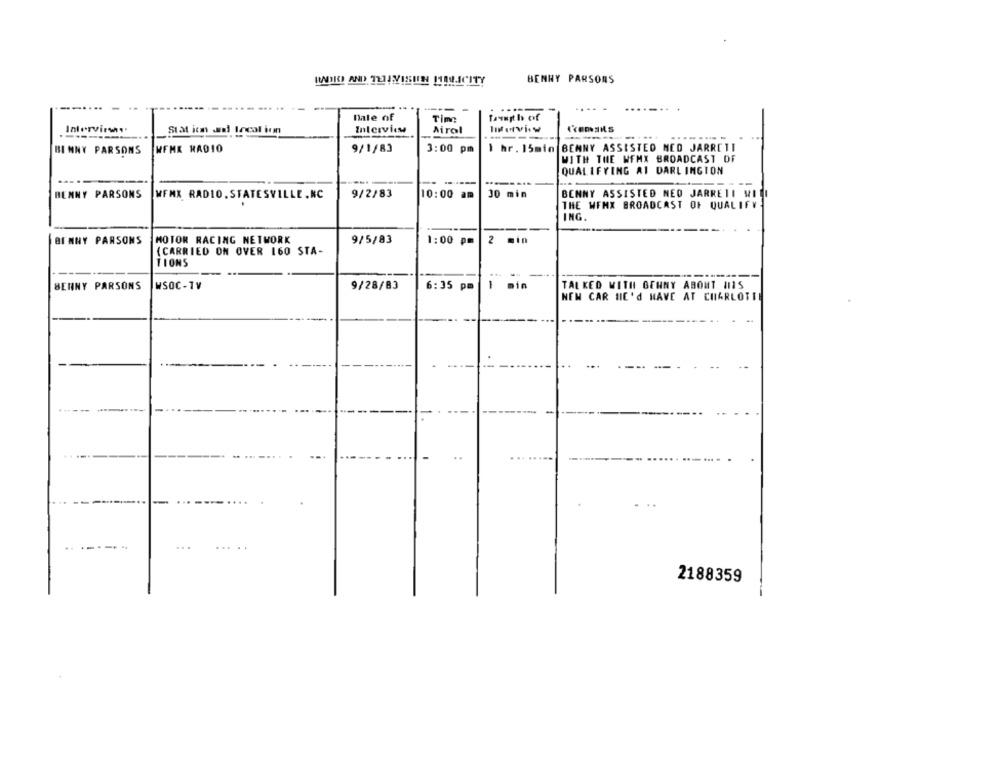
RADICE AND THEY!EIN! !!! ICITY
BENNY PARSONS
-
...
Date of
Time:
Interviews
Stat ion ad Incalion
Interview
Airol
--------
---
....
- -
BI NNY PARSONS
WFMK RADIO
9/1/83
3:00 pm
1 hr. 15min BENNY ASSISTED NED JARRETI
WITH THE WFMX BROADCAST OF
QUALIFYING AI DARLINGTON
-
...-....
BENNY PARSONS WFMX RADIO. STATESVILLE ,NC
9/2/83
10:00 am
30 min
BENNY ASSISTED NEO JARRETI MILI
THE WENX BROADCAST OF QUALIFY
ING.
BINNY PARSONS
MOTOR RACING NETWORK
9/5/83
1:00 pm
2 min
(CARRIED ON OVER 160 STA-
TIONS
--
1
BENNY PARSONS
WSOC - TV
9/28/83
6:35 pm
min
TALKED WITH GENNY ABOUT 1115
NEM CAR NIE'd HAVE AT CHARLOTTE
..
2188359